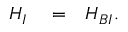
\begin{array} { r l r } { H _ { I } } & { { } = } & { H _ { B I } . } \end{array}